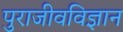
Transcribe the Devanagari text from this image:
पुराजीवविज्ञान